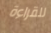
للقراءة